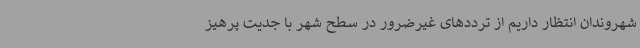
شهروندان انتظار داریم از ترددهای غیرضرور در سطح شهر با جدیت پرهیز